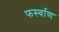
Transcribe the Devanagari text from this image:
फर्स्वाण